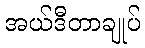
အယ်ဒီတာချုပ်